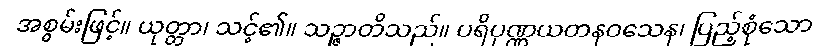
အစွမ်းဖြင့်။ ယုတ္တာ၊ သင့်၏။ သဉ္ဇာတိသည်။ ပရိပုဏ္ဏယတနဝသေန၊ ပြည့်စုံသော